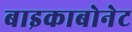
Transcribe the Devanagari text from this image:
बाइकाबोनेट